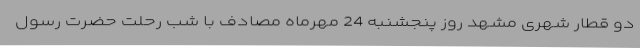
دو قطار شهری مشهد روز پنجشنبه 24 مهرماه مصادف با شب رحلت حضرت رسول